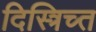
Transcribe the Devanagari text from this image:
दिस्त्रिच्त